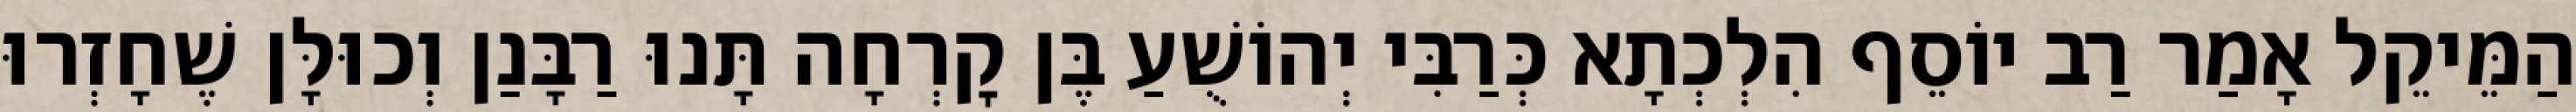
הַמֵּיקֵל אָמַר רַב יוֹסֵף הִלְכְתָא כְּרַבִּי יְהוֹשֻׁעַ בֶּן קׇרְחָה תָּנוּ רַבָּנַן וְכוּלָּן שֶׁחָזְרוּ